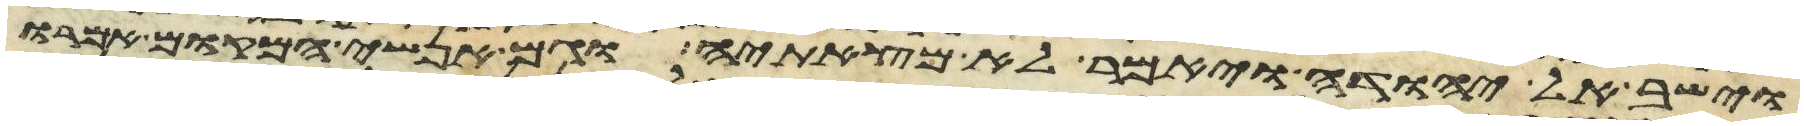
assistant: וישב אל יהודה ויאמר לא מצאתיה וגם אנשי המקום אמרו